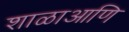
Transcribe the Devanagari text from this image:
शाळाआणि